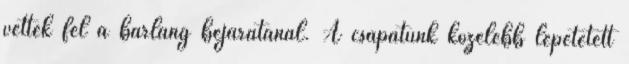
vettek fel a barlang bejáratánál. A csapatunk közelebb lépetetett